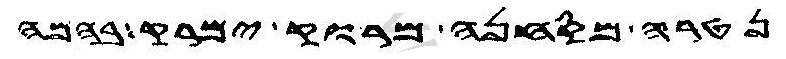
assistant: נטרה מסחנה מרוק ימרק בהמה